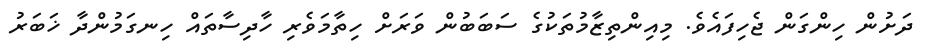
ދަށުން ހިންގަން ޖެހިފައެވެ. މިއިންތިޒާމުތަކުގެ ސަބަބުން ވަރަށް ހިތާމަވެރި ހާދިސާތައް ހިނގަމުންދާ ޚަބަރު